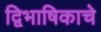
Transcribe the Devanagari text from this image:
द्विभाषिकाचे